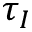
\tau _ { I }